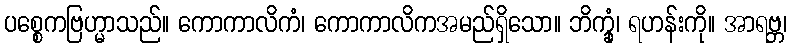
ပစ္စေကဗြဟ္မာသည်။ ကောကာလိကံ၊ ကောကာလိကအမည်ရှိသော။ ဘိက္ခုံ၊ ရဟန်းကို။ အာရဗ္ဘ၊